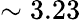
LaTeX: \sim 3.23